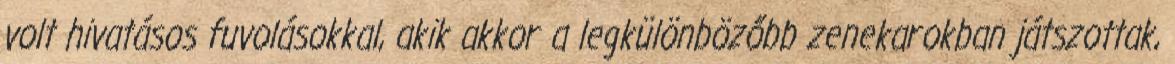
volt hivatásos fuvolásokkal, akik akkor a legkülönbözőbb zenekarokban játszottak,